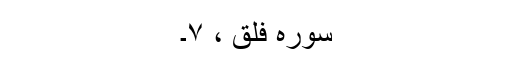
سورہ فلق ، ۷۔